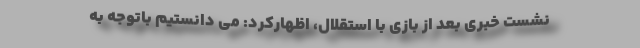
نشست خبری بعد از بازی با استقلال، اظهارکرد: می دانستیم باتوجه به